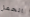
الحمل